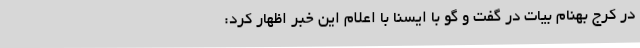
در کرج بهنام بیات در گفت و گو با ایسنا با اعلام این خبر اظهار کرد: